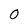
Character: O